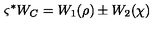
\varsigma ^ { * } W _ { C } = W _ { 1 } ( \rho ) \pm W _ { 2 } ( \chi )